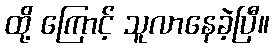
ထို့ ကြောင့် သူလာနေခဲ့ပြီ။